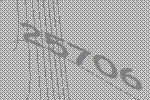
25706